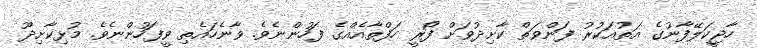
ހާޖީކަލޭފާނުގެ އަތުއަކުރު ފަންވަތް ކާށިދުވަށް ފޯރީ ހަފްތާއެއްގެ ފަހުންނެވެ. ވާނެހައެތި ވީފަހުންނެވެ. މުޅިކާށިދޫ